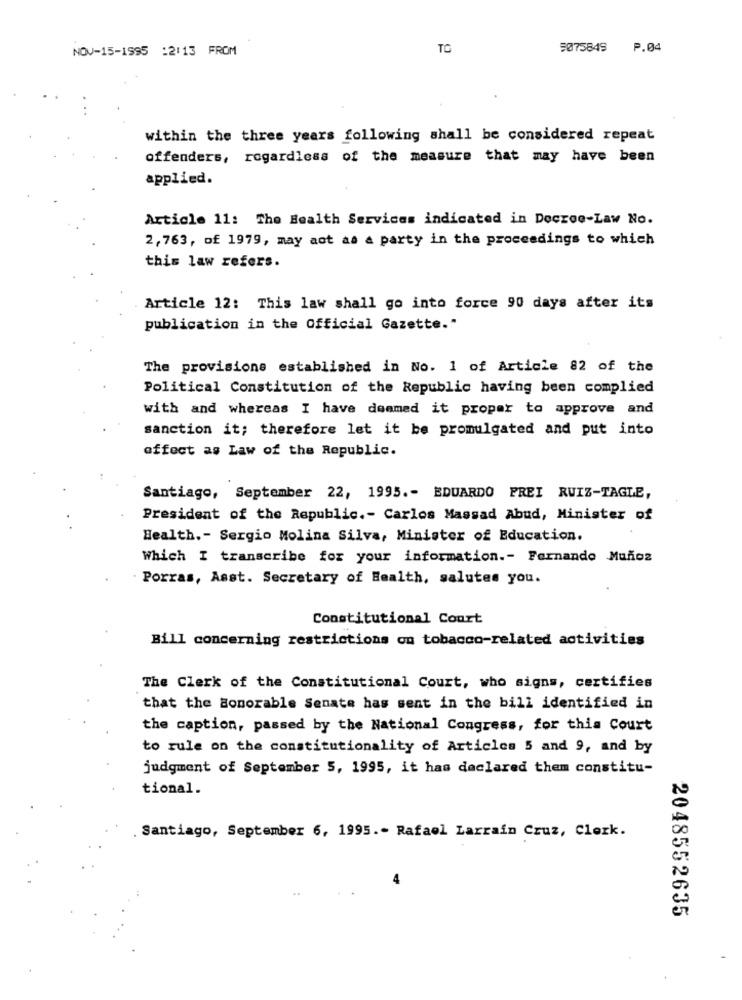
NOV-15-1995 :2:13 FROM
TO
5075849
P.04
within the three years following shall be considered repeat
offenders, regardless of the measure that may have been
applied.
Article 11: The Health Services indicated in Decroo-Law No.
2,763, of 1979, may aot aa a party in the proceedings to which
this law refers.
Article 12: This law shall go into force 90 days after its
publication in the Official Gazette."
The provisions established in No. 1 of Article 82 of the
Political Constitution of the Republic having been complied
with and whereas I have demmed it proper to approve and
sanction it; therefore let it be promulgated and put into
affect as Law of the Republic.
Santiago, September 22, 1995 .- EDUARDO FREI RUIZ-TAGLE,
President of the Republic .- Carlos Massad Abud, Minister of
Health .- Sergio Molina Silva, Minister of Education.
Which I transcribe for your information .- Fernando Muñoz
Porras, Asst. Secretary of Health, salutes you.
Constitutional Court
Bill concerning restrictions on tobacco-related activities
The Clerk of the Constitutional Court, who signs, certifies
that the Honorable Senate has sent in the bill identified in
the caption, passed by the National Congress, for this Court
to rule on the constitutionality of Articles 5 and 9, and by
judgment of September 5, 1995, it has declared them constitu-
tional.
Santiago, September 6, 1995 .- Rafael Larrain Cruz, Clerk.
2048552635